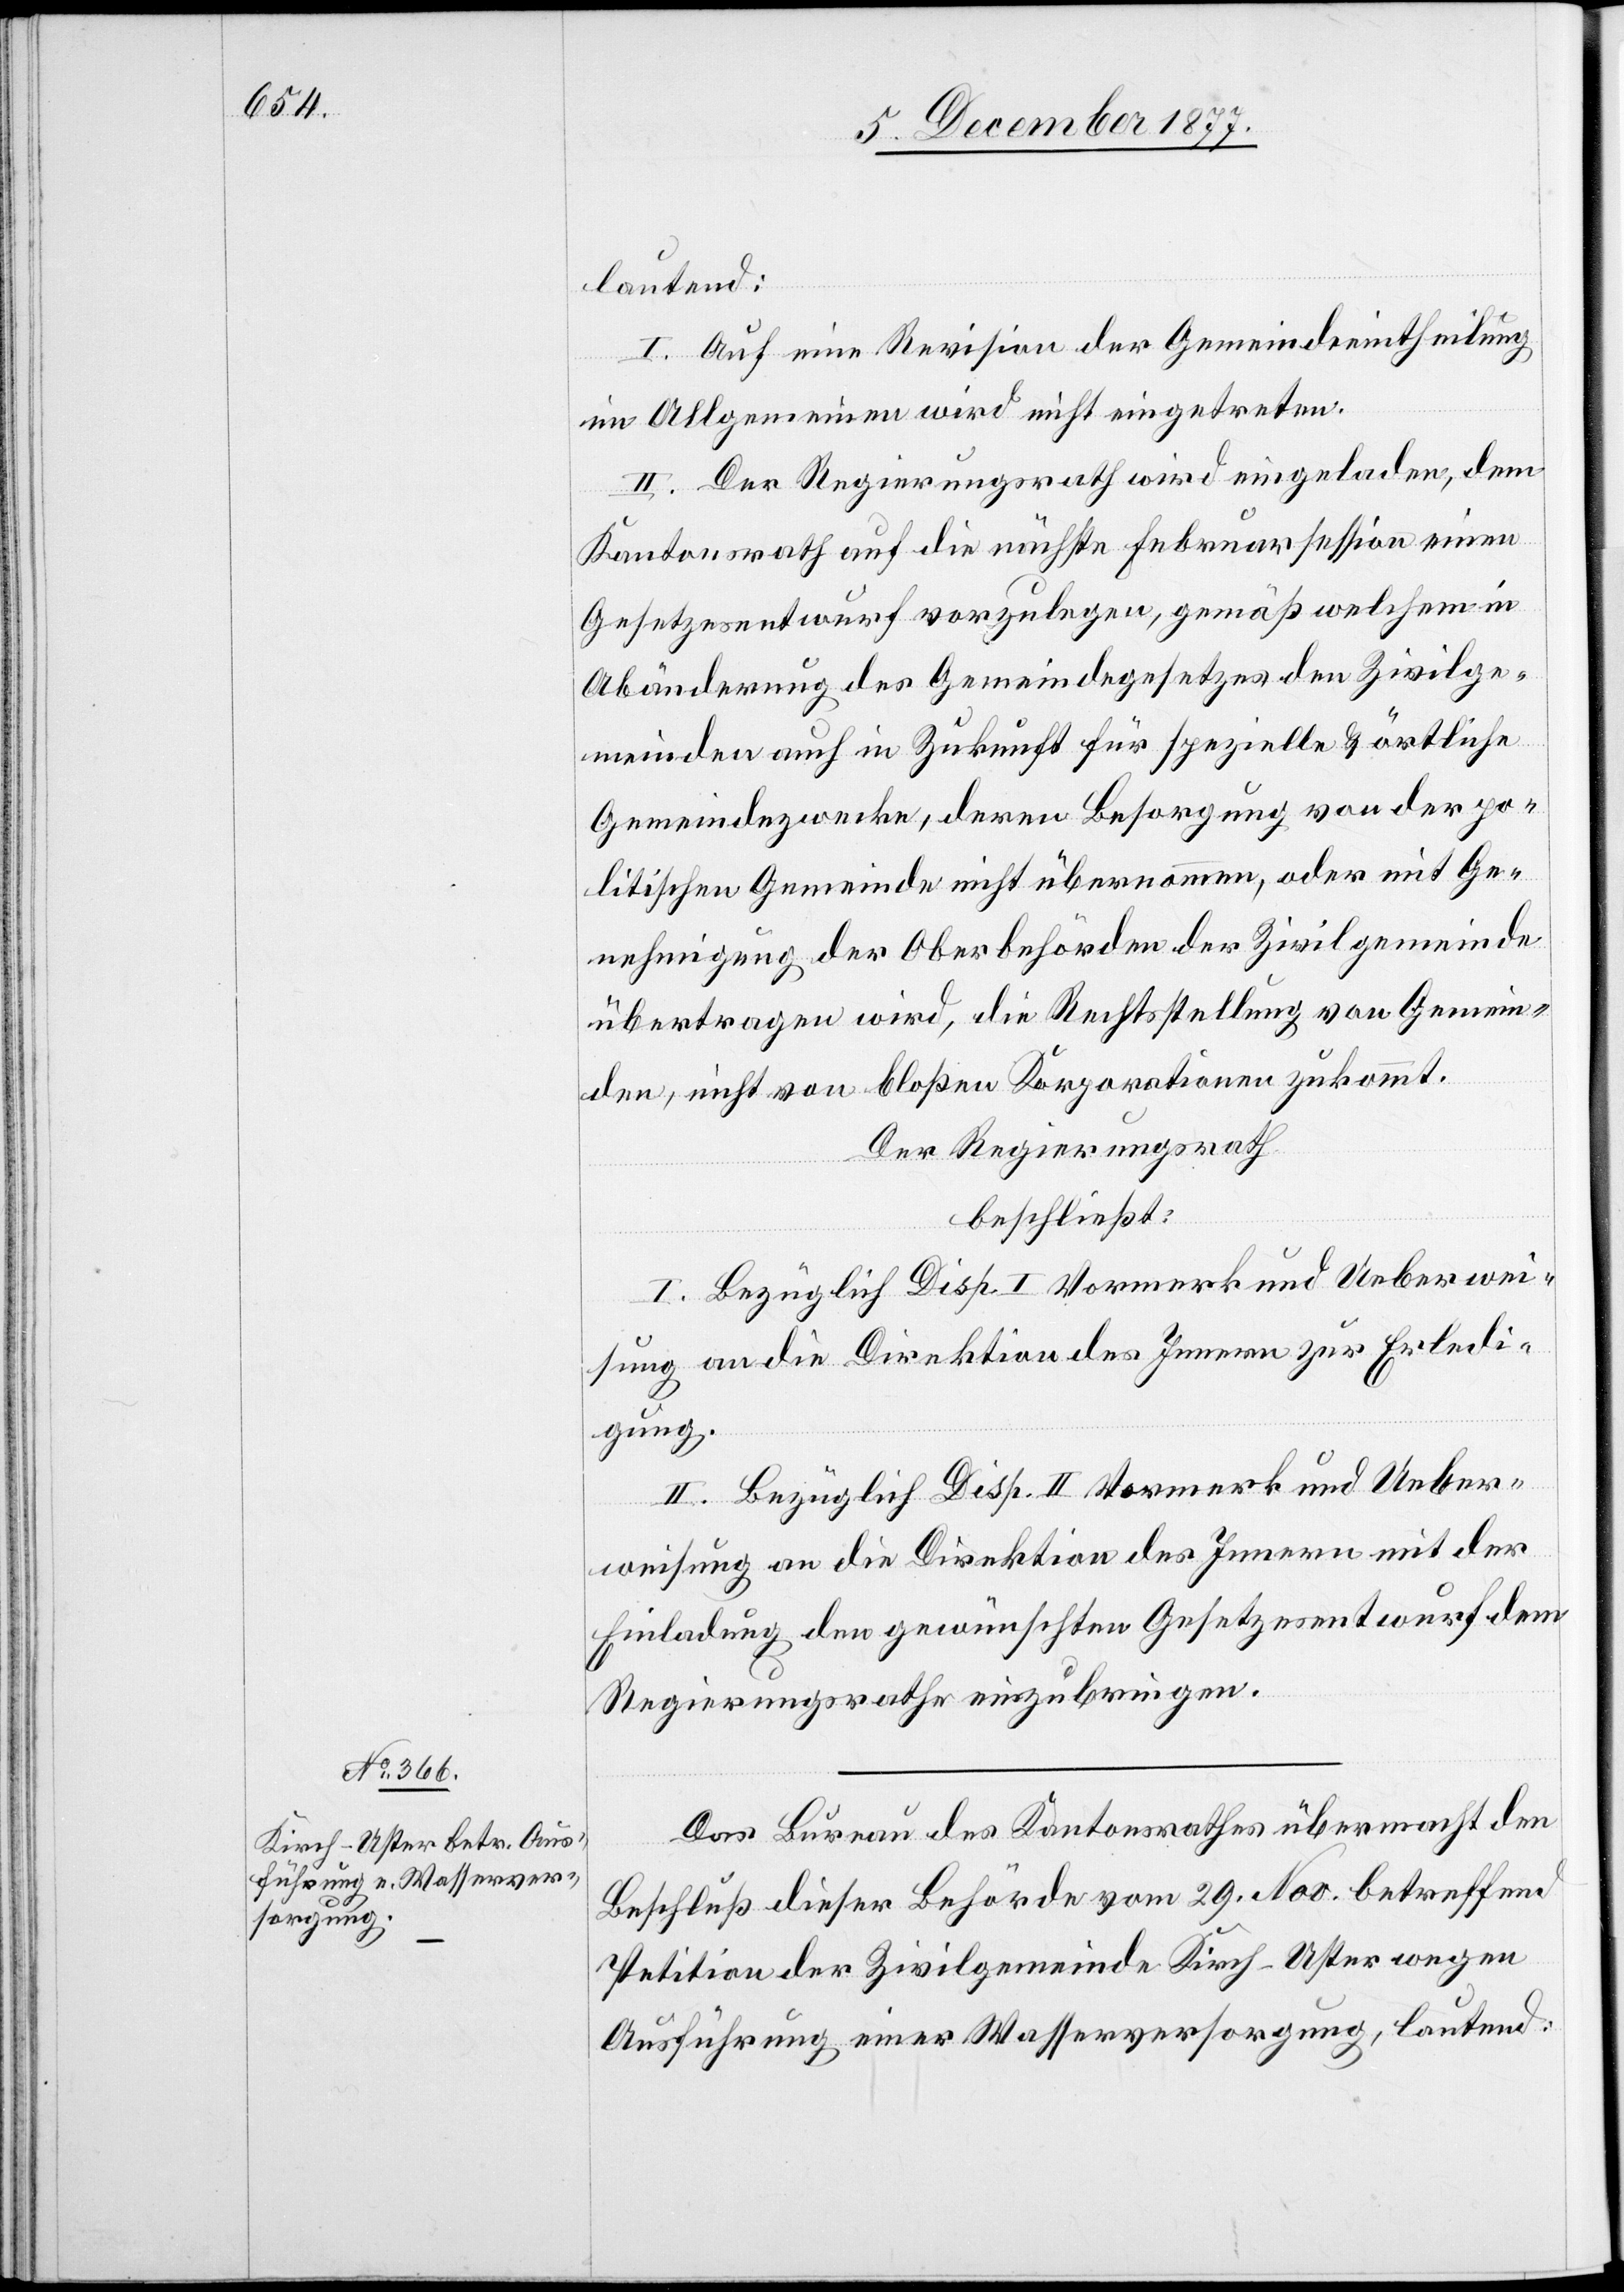
lautend:
I. Auf eine Revision der Gemeindeeintheilung
im Allgemeinen wird nicht eingetreten.
II. Der Regierungsrath wird eingeladen, dem
Kantonsrath auf die nächste Februarsession einen
Gesetzesentwurf vorzulegen, gemäß welchem in
Abänderung des Gemeindegesetzes den Zivilge¬
meinden auch in Zukunft für spezielle & örtliche
Gemeindezwecke, deren Besorgung von der po¬
litischen Gemeinde nicht übernommen, oder mit Ge¬
nehmigung der Oberbehörden der Zivilgemeinde
übertragen wird, die Rechtsstellung von Gemein¬
den, nicht von bloßen Korporationen zukommt.
Der Regierungsrath
beschließt:
I. Bezüglich Disp. I Vormerk und Ueberwei¬
sung an die Direktion des Innern zur Erledi¬
gung.
II. Bezüglich Disp. II Vormerk und Ueber¬
weisung an die Direktion des Innern mit der
Einladung den gewünschten Gesetzesentwurf dem
Regierungsrathe einzubringen.
Das Bureau des Kantonsrathes übermacht den
Beschluß dieser Behörde vom 29. Nov. betreffend
Petition der Zivilgemeinde Kirch-Uster wegen
Ausführung einer Wasserversorgung, lautend: